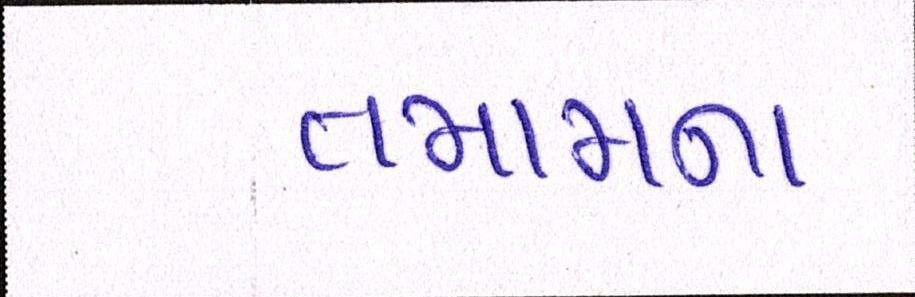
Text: તમામના